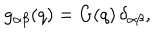
LaTeX: g _ { \alpha \beta } ( q ) = G ( q ) \, \delta _ { \alpha \beta } ,